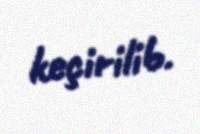
keçirilib.